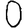
Digit: 0